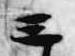
三